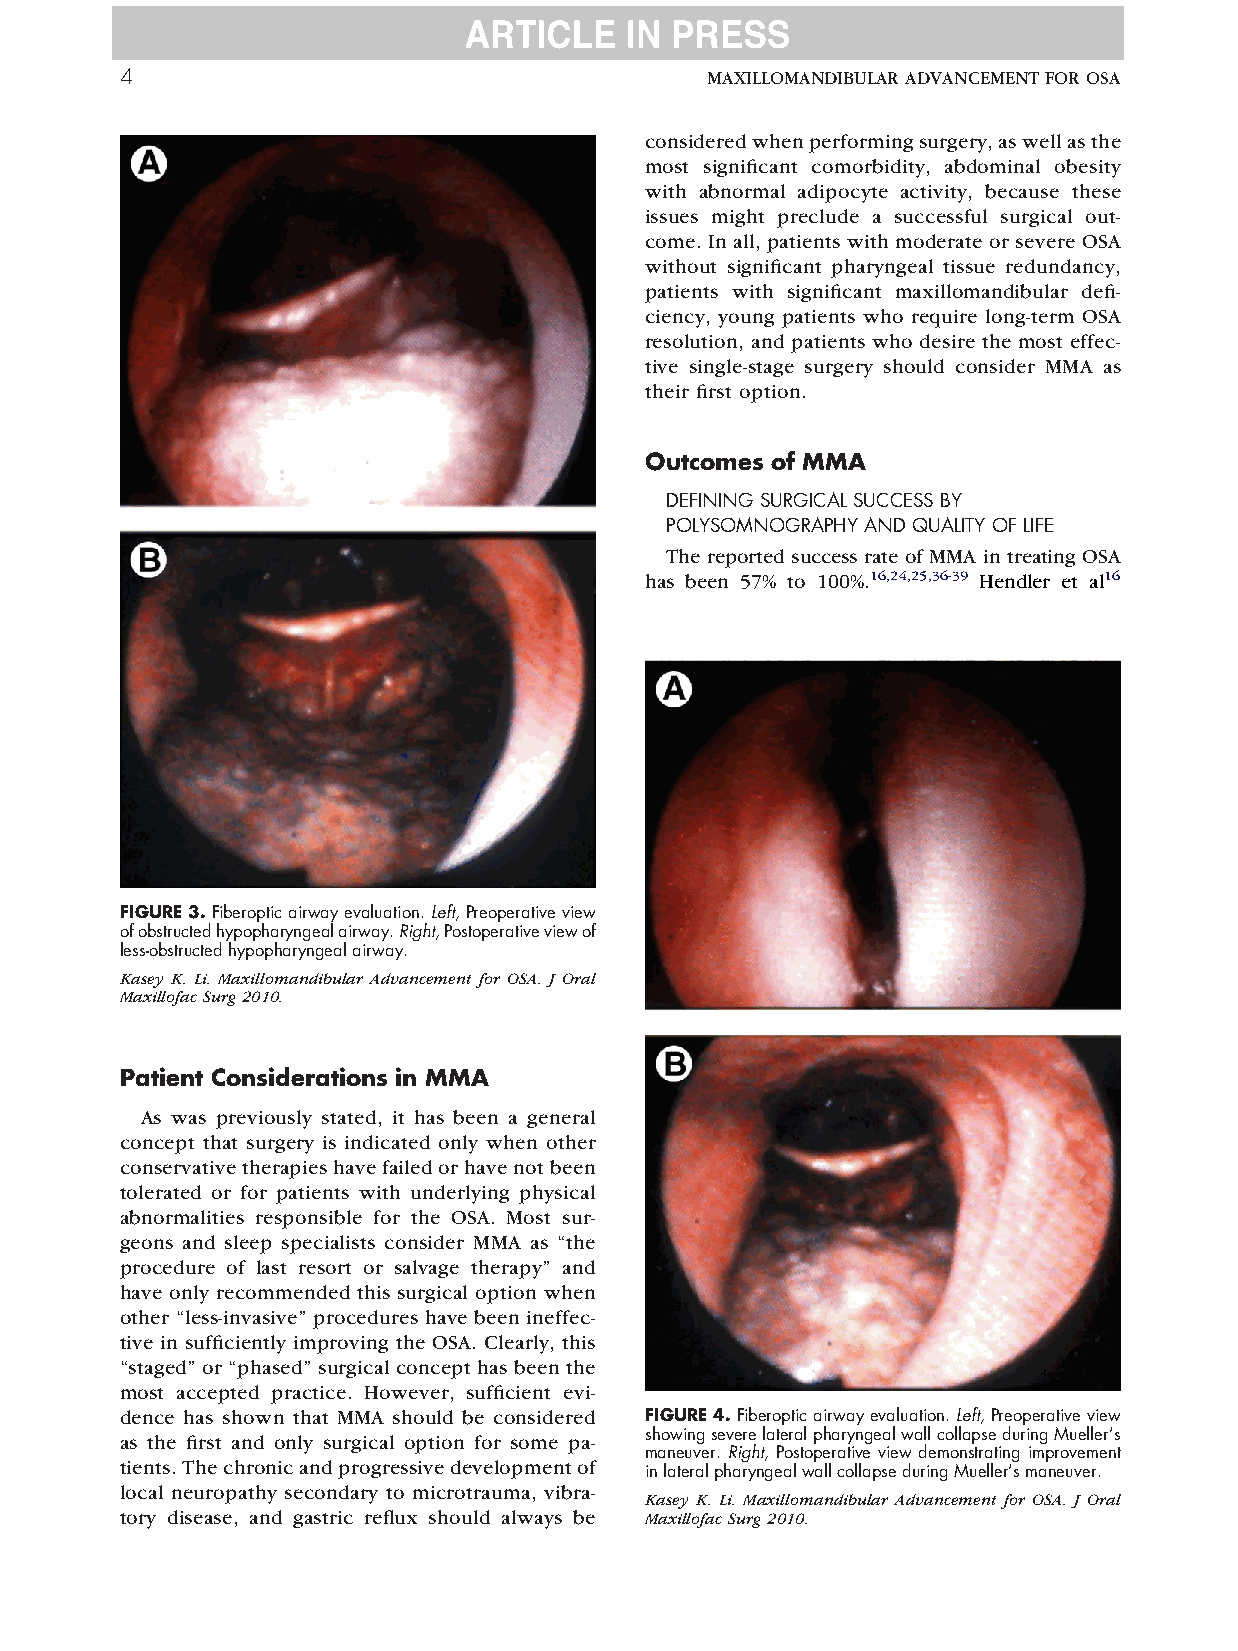
4                                      MAXILLOMANDIBULARADVANCEMENTFOROSA
 consideredwhenperformingsurgery,aswellasthe
 most significant comorbidity, abdominal obesity
 with abnormal adipocyte activity, because these
 issues might preclude a successful surgical out-
 come. In all, patients with moderate or severe OSA
 without significant pharyngeal tissue redundancy,
 patients with significant maxillomandibular defi-
 ciency, young patients who require long-term OSA
 resolution, and patients who desire the most effec-
 tive single-stage surgery should consider MMA as
 their first option.
 Outcomes of MMA
 DEFININGSURGICALSUCCESSBY
 POLYSOMNOGRAPHYANDQUALITYOFLIFE
 The reported success rate of MMA in treating OSA
 has been 57% to 100%.16,24,25,36-39 Hendler et al16
 FIGURE3.Fiberopticairwayevaluation.Left,Preoperativeview
 ofobstructedhypopharyngealairway.Right,Postoperativeviewof
 less-obstructedhypopharyngealairway.
 Kasey K. Li. Maxillomandibular Advancement for OSA. J Oral
 MaxillofacSurg2010.
 Patient Considerations in MMA
 As was previously stated, it has been a general
 concept that surgery is indicated only when other
 conservativetherapieshavefailedorhavenotbeen
 tolerated or for patients with underlying physical
 abnormalities responsible for the OSA. Most sur-
 geons and sleep specialists consider MMA as “the
 procedure of last resort or salvage therapy” and
 have only recommended this surgical option when
 other “less-invasive” procedures have been ineffec-
 tive in sufficiently improving the OSA. Clearly, this
 “staged” or “phased” surgical concept has been the
 most accepted practice. However, sufficient evi-
 dence has shown that MMA should be considered FIGURE4.Fiberopticairwayevaluation.Left,Preoperativeview
 as the first and only surgical option for some pa- showingseverelateralpharyngealwallcollapseduringMueller’s
 maneuver. Right, Postoperative view demonstrating improvement
 tients.Thechronicandprogressivedevelopmentof
 inlateralpharyngealwallcollapseduringMueller’smaneuver.
 local neuropathy secondary to microtrauma, vibra-
 Kasey K. Li. Maxillomandibular Advancement for OSA. J Oral
 tory disease, and gastric reflux should always be MaxillofacSurg2010.